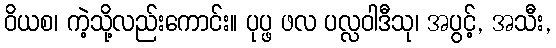
ဝိယစ၊ ကဲ့သို့လည်းကောင်း။ ပုပ္ဖ ဖလ ပလ္လဝါဒီသု၊ အပွင့်, အသီး,